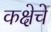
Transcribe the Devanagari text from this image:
कक्षेचे